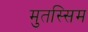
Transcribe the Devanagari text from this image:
मुतस्सिम